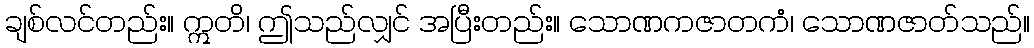
ချစ်လင်တည်း။ ဣတိ၊ ဤသည်လျှင် အပြီးတည်း။ သောဏကဇာတကံ၊ သောဏဇာတ်သည်။